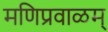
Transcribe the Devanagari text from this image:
मणिप्रवाळम्